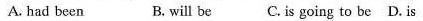
A. had been B. will be C. is going to be D. is